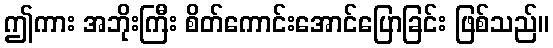
ဤကား အဘိုးကြီး စိတ်ကောင်းအောင်ပြောခြင်း ဖြစ်သည်။